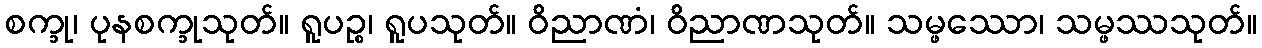
စက္ခု၊ ပုနစက္ခုသုတ်။ ရူပဉ္စ၊ ရူပသုတ်။ ဝိညာဏံ၊ ဝိညာဏသုတ်။ သမ္ဖဿော၊ သမ္ဖဿသုတ်။